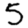
Digit: 5